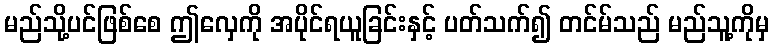
မည်သို့ပင်ဖြစ်စေ ဤလှေကို အပိုင်ရယူခြင်းနှင့် ပတ်သက်၍ တင်မ်သည် မည်သူ့ကိုမှ